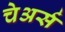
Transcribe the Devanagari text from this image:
चेअर्स